Vaccination in the Punjab 1897-1904 - 1897-1904
Year: 1897
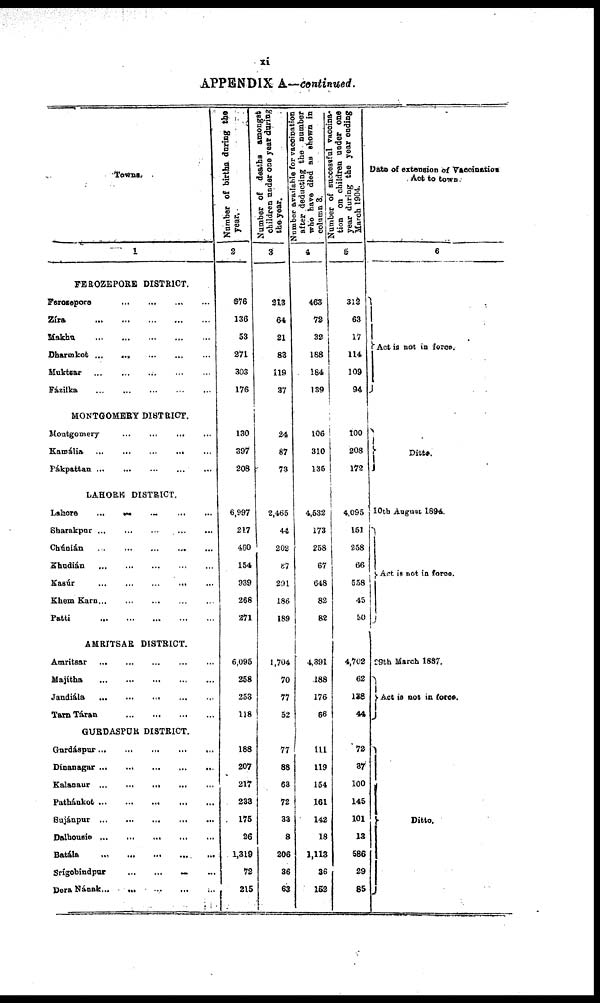
xi
APPENDIX A—continued.
Towns.
1
FEROZEPORE DISTRICT.
Ferozepore
...
...
...
...
Zíra
...
...
...
...
...
Makhu
...
...
...
...
...
Dharmkot ...
... ... ... ...
Muktsar ... ... ... ... ...
Fázilka
...
...
...
...
...
MONTGOMERY DISTRICT.
Montgomery ... ... ... ...
Kamália
... ... ... ... ...
Pákpattan ... ... ... ... ...
LAHORE DISTRICT.
Lahore
...
...
...
...
...
Sharakpnr ... ... ... ... ...
Chúnián
... ... ... ... ... ...
Khudián ... ... ... ... ...
Kasúr
...
...
...
...
...
Khem Karn
...
...
...
...
...
Patti
...
...
...
...
...
AMRITSAR DISTRICT.
Amritsar
...
...
...
...
...
Majítha ... ... ... ... ...
Jandiála ... ... ... ... ...
Tarn Táran
...
...
...
...
GURDASPUR DISTRICT.
Gurdáspur
...
...
...
...
...
Dínanagar
...
...
...
...
...
Kalanaur ... ... ... ... ...
Pathánkot
...
...
...
...
...
Sujánpur
...
...
...
...
...
Dalhousie
...
...
...
...
...
Batála
...
...
...
...
...
Srígobindpur
...
...
...
...
Dera Nának...
...
...
...
...
N umber of births during the
year.
2
676
136
53
271
303
176
130
397
208
6,997
217
460
154
939
268
271
6,095
258
253
118
188
207
217
233
175
26
1,319
72
215
Number of deaths amongst
children under one year during
the year.
3
213
64
21
83
119
37
24
87
73
2,465
44
202
87
291
186
189
1,704
70
77
52
77
88
63
72
33
8
206
36
63
Nu mb e r a v a i l a b l e f or vaccination
after deducting the number
who have di ed as shown in
column 3.
4
463
72
32
188
184
139
106
310
135
Number of successful vaccina¬
t i on on children under one
year during the year ending
March 1904.
5
312
63
17
114
109
94
100
208
172
4,532
173
258
67
648
82
82
4,391
188
176
66
111
119
154
161
142
18
1,113
36
152
4,095
151
258
66
558
45
50
4,702
62
178
44
72
37
100
145
101
13
586
29
85
Date of extension of Vaccination
Act to town
6
Act is not in force.
Ditto.
10th August 1894.
Act is not in force.
29th March 1887.
Act is not in force.
Ditto.